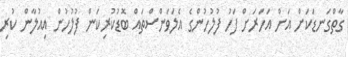
ގާތްގަނޑަކަށް އަށް އަހަރަށް ފަހު ފުލުހުންގެ އެލަވަންސްތައް ބޮޑުކުރިކަން ފުލުހުން އިއުލާން ކުރި